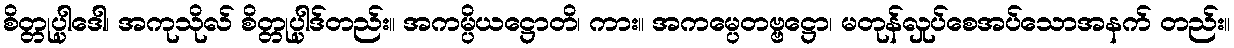
စိတ္တုပ္ပါဒေါ၊ အကုသိုလ် စိတ္တုပ္ပါဒ်တည်း။ အကမ္ပိယဋ္ဌောတိ၊ ကား။ အကမ္ပေတဗ္ဗဋ္ဌော၊ မတုန်လှုပ်စေအပ်သောအနက် တည်း။